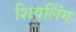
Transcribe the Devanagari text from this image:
शिवलिंंग